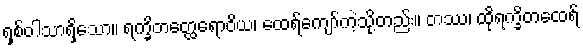
ရှစ်ဝါသာရှိသော။ ရက္ခိတတ္ထေရောဝိယ၊ ထေရ်ကျော်ကဲ့သို့တည်း။ တဿ၊ ထိုရက္ခိတထေရ်